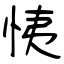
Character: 恞